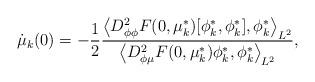
LaTeX: \begin{align*}\dot \mu_{k} (0)=-\frac{1}{2}\frac{\left< D_{\phi \phi}^2 F(0,\mu^*_{k})[\phi^*_{k}, \phi^*_{k}], \phi^*_{k} \right>_{L^2}}{\left< D_{\phi \mu}^2 F(0,\mu^*_{k})\phi^*_{k},\phi^*_{k} \right>_{L^2}},\end{align*}